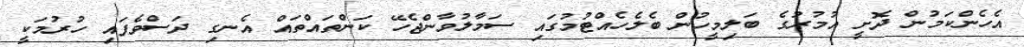
އެހެންކަމުން ދޮށީ އުމުރުގެ ބަލިމީހުން ބެލެހެއްޓުމުގައި ސަމާލުވާންޖެހޭ ކަންތައްތައް އެނގި ދަސްވެފައި ހުރުމަކީ